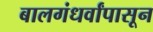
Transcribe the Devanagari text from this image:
बालगंधर्वांपासून